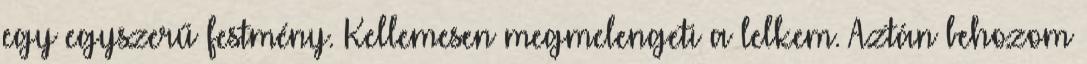
egy egyszerű festmény. Kellemesen megmelengeti a lelkem. Aztán behozom